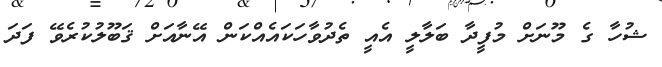
ޝުހާ ގެ މޫނަށް މުފީދާ ބަލާލީ އެއީ ތެދުވާހަކައެއްކަން އޭނާއަށް ޤަބޫލުކުރެވޭ ފަދަ